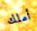
أملك